Vaccination in the Punjab 1905-1918 - 1905-1918
Year: 1905
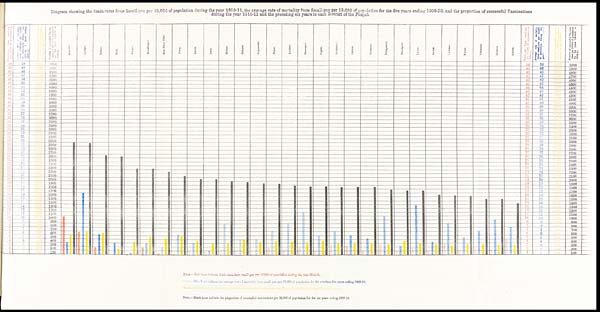
Diagram showing the death-rates from Small-pox per 10,000 of population during the year 1910-11, the average rate of mortality from Small-pox per 10,000 of population for the five years ending 1909-10, and the proportion of successful Vaccinations
during the year 1910-11 and the preceding six years in each District of the Punjab.